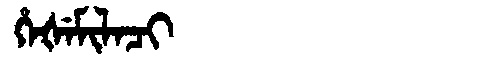
Manchu: ᡥᡝᡧᡝᠮᡳᠯᠠᠴᡳ
Romanization: HEŠEMILACI